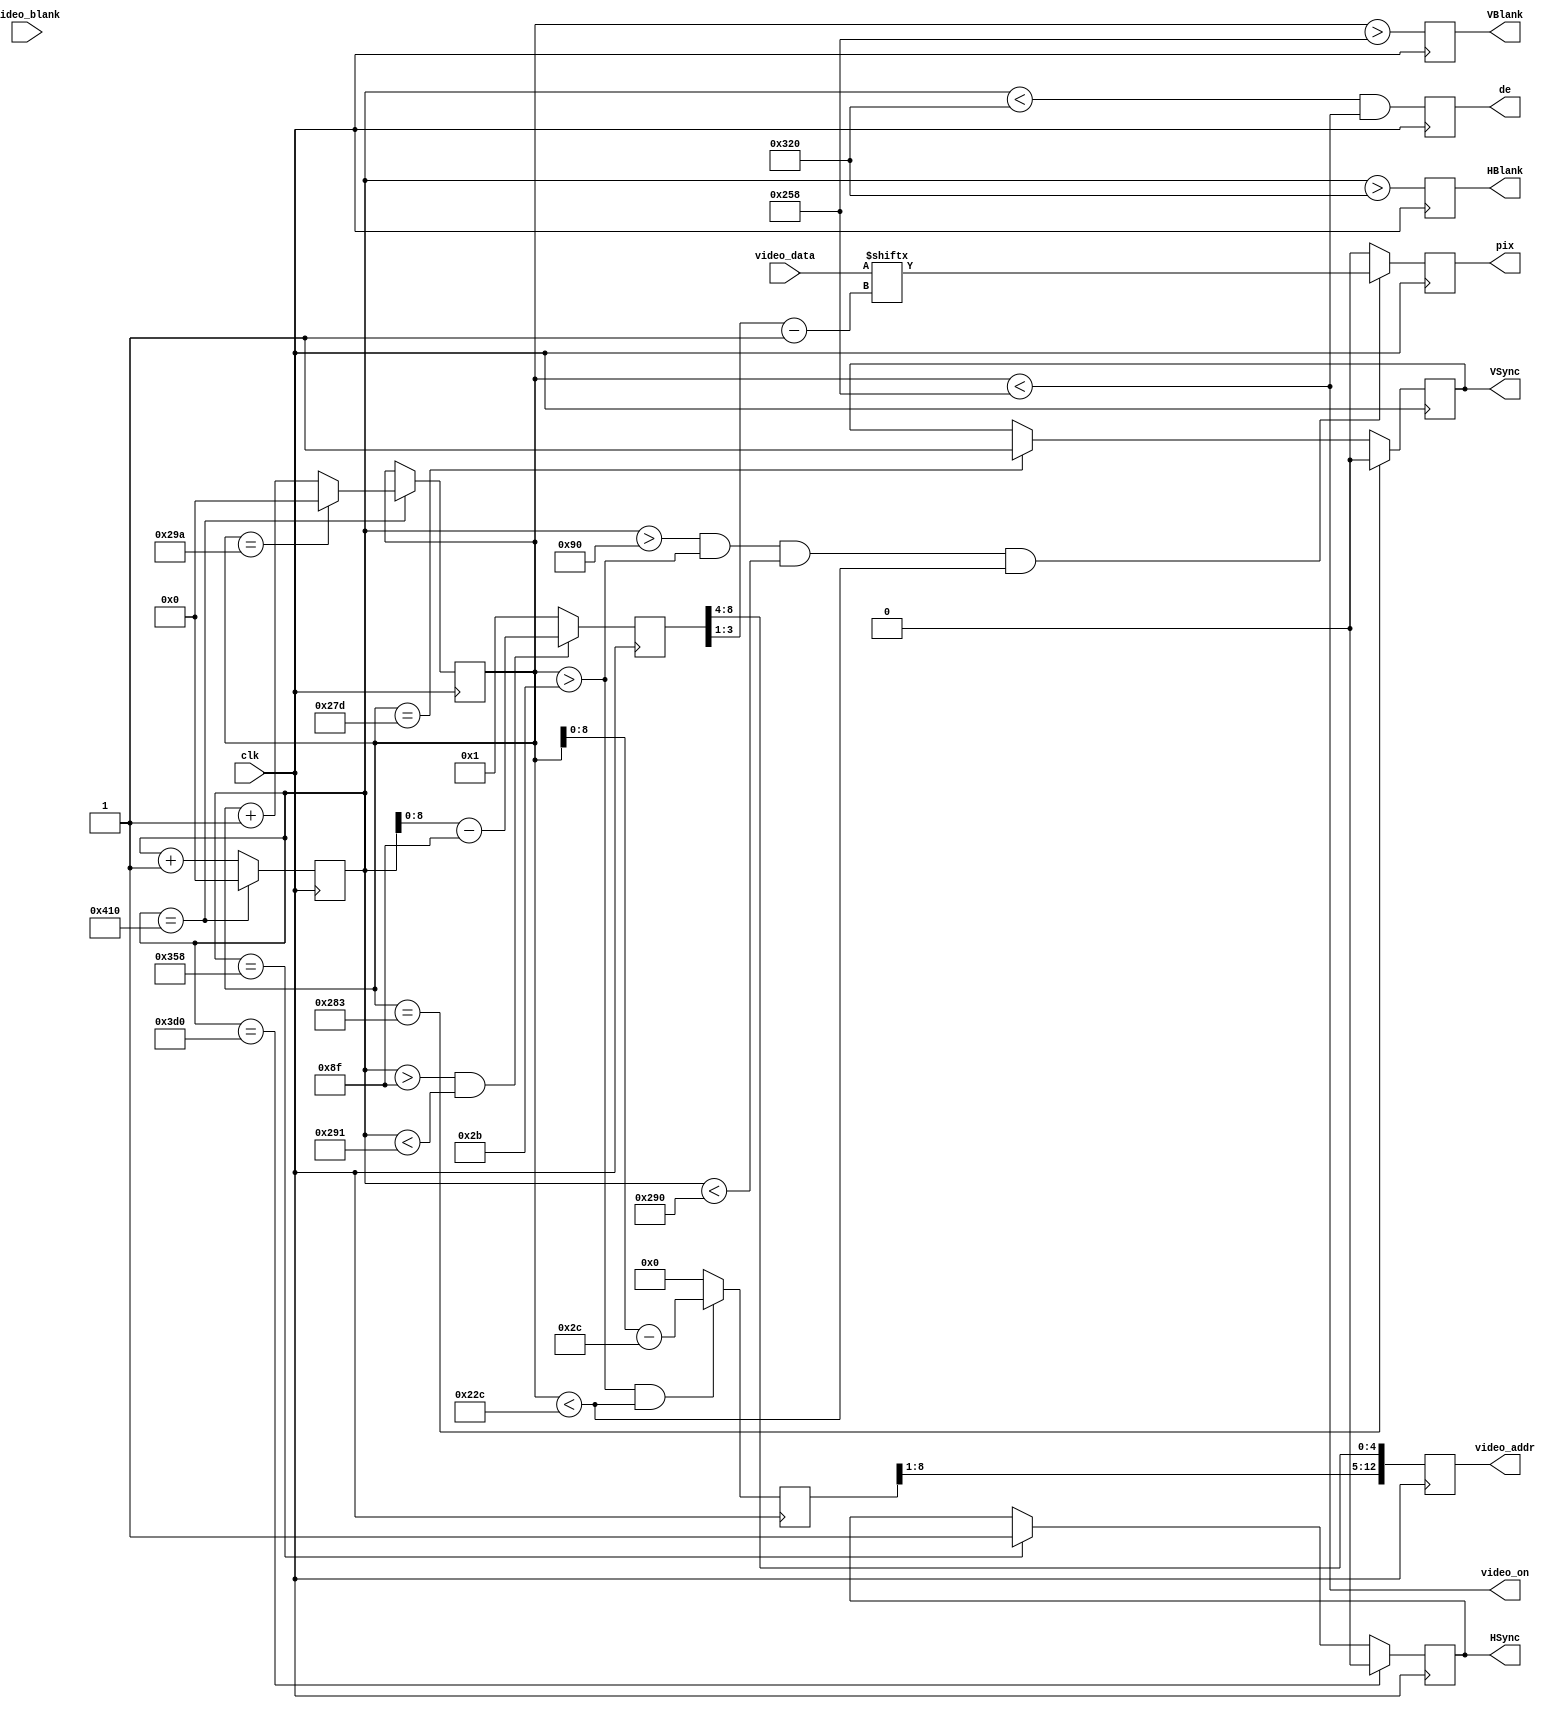
module orao_video
(
   output reg     pix,
   output reg     HSync,
   output reg     VSync,
   output reg     de,
	output reg     HBlank,
	output reg     VBlank,

   output reg [12:0]  video_addr,   // Video RAM intf
   input  [7:0]   video_data,

   output         video_on,         // control sigs
   input          video_blank,
   input          clk
);

assign video_on   = (vc < 11'd600);

reg  [10:0] hc;
reg  [10:0] vc;

reg  [9:0] screen_x, screen_y;

always @(posedge clk) begin
   hc <= hc + 1'd1;
   if(hc == 1040) begin 
      hc <=0;
      vc <= vc + 1'd1;
      if(vc == 666) vc <= 0;
   end

   if(hc == 856) HSync <= 1;
   if(hc == 976) HSync <= 0;
   if(vc == 637) VSync <= 1;
   if(vc == 643) VSync <= 0;
   
   screen_x <= hc > 11'd143 && hc < 11'd657 ? hc - 11'd143 : 11'h1;        // Offset to center
   screen_y <= vc > 11'd43  && vc < 11'd556 ? vc - 11'd44  : 11'h0;        // Offset to center

   video_addr <= {screen_y[8:1], screen_x[8:4]};

   pix <= (hc > 11'd144 && vc > 11'd43 && hc < 11'd656 && vc < 11'd556) ? video_data[screen_x[3:1] - 1'b1] : 1'b0;
   de <= ((hc < 11'd800) && (vc < 11'd600));    

	HBlank <= hc > 11'd800;
	VBlank <= vc > 11'd600;
   
end

reg [7:0] vdata;
reg       inv;

endmodule